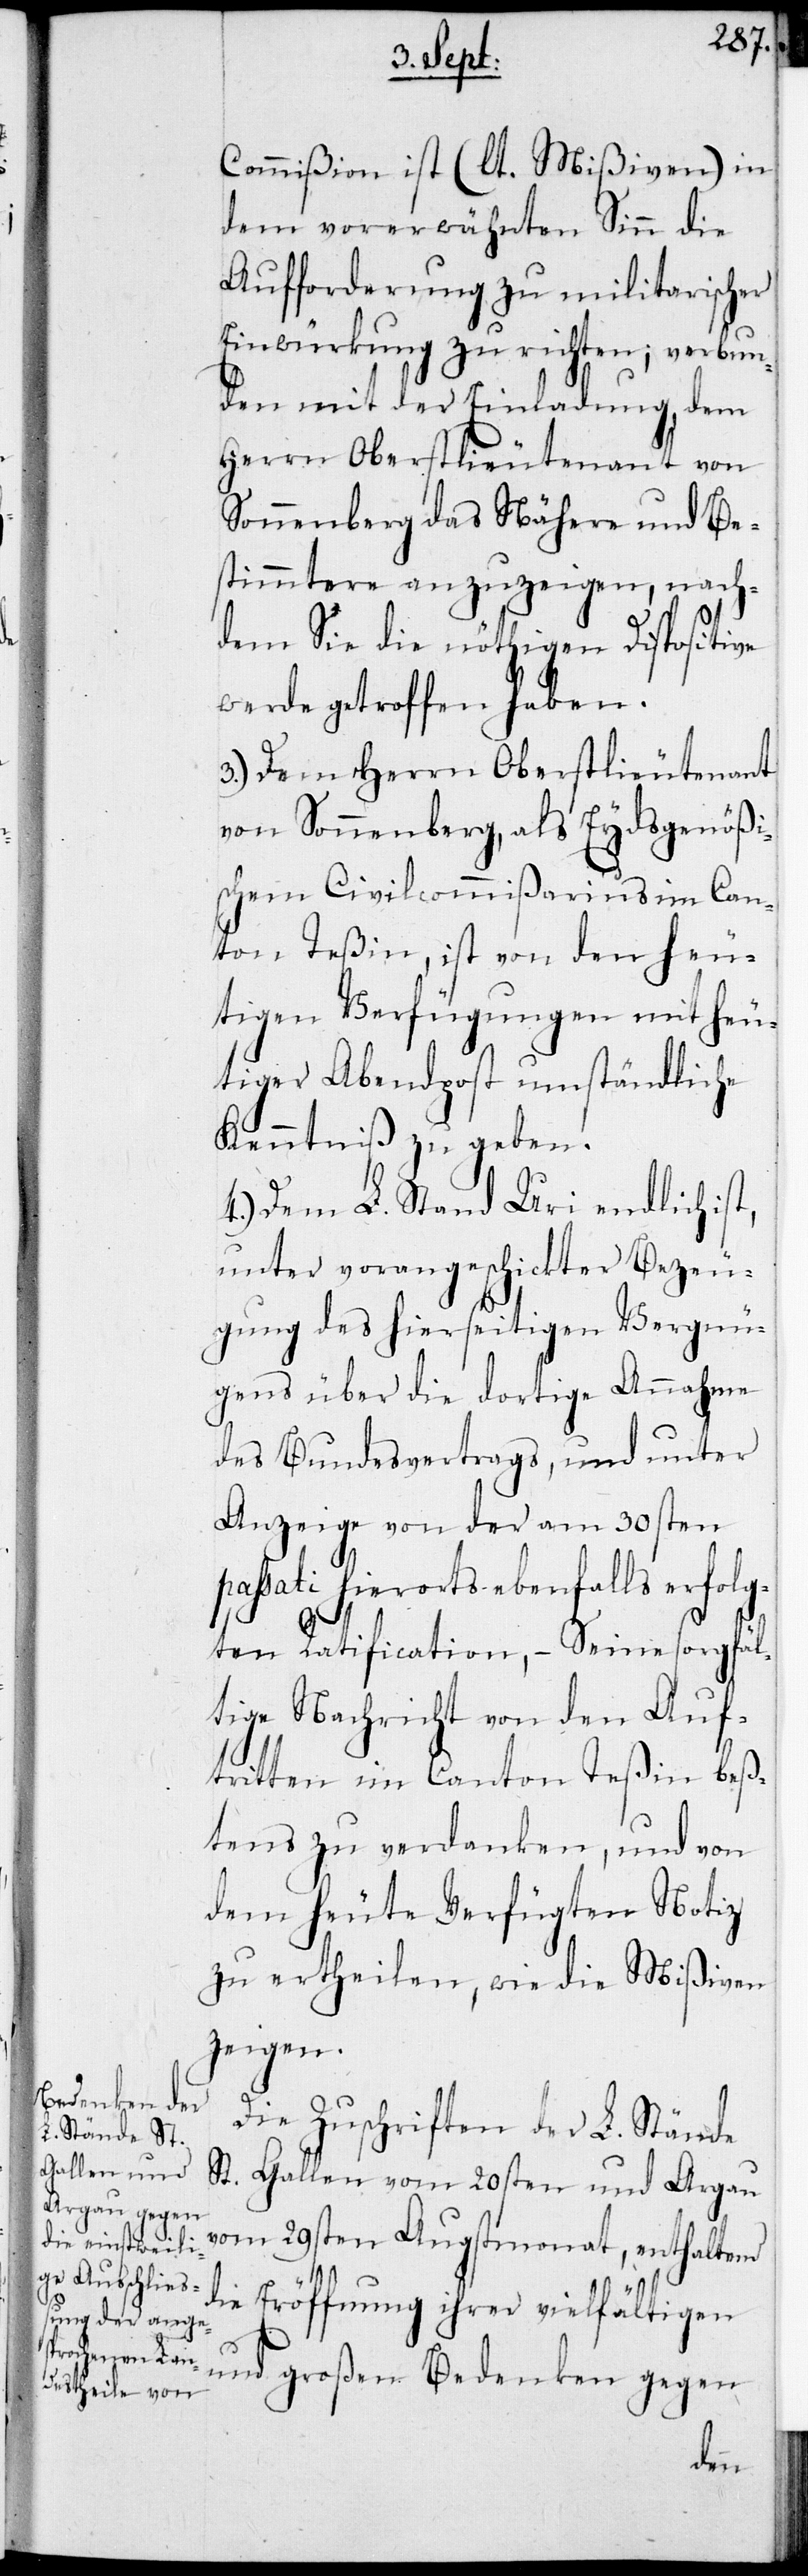
Commißion ist (lt. Mißiven) in
dem vorerwähnten Sinn die
Aufforderung zu militarischer
Einwürkung zu richten; verbun¬
den mit der Einladung, dem
Herrn Oberstlieutenant von
Sonnenberg das Nähere und Be¬
stimmtere anzuzeigen, nach¬
dem sie die nöthigen Dispositive
werde getroffen haben.
3.) Dem Herrn Oberstlieutenant
von Sonnenberg, als Eydsgenößi¬
schem Zivilkommißarius im Can¬
ton Teßin, ist von den heu¬
tigen Verfügungen mit heu¬
tiger Abendpost umständliche
Kenntniß zu geben.
4.) Dem L. Stand Uri endlich ist
unter vorangeschickter Bezeu¬
gung des hierseitigen Vergnü¬
gens über die dortige Annahme
des Bundesvertrags, und unter
Anzeige von der am 30sten
passati hierorts ebenfalls erfolg¬
ten Ratification, – seine sorgfäl¬
tige Nachricht von dem Auf¬
tritten im Canton Teßin bes¬
tens zu verdanken, und von
dem heute Verfügten Notiz
zu ertheilen, wie die Mißiven
zeigen.
Die Zuschriften der L. Stände
St. Gallen vom 20sten und Aargau
vom 29sten Augstmonat, enthaltend
die Eröffnung ihrer vielfältigen
und großen Bedenken gegen